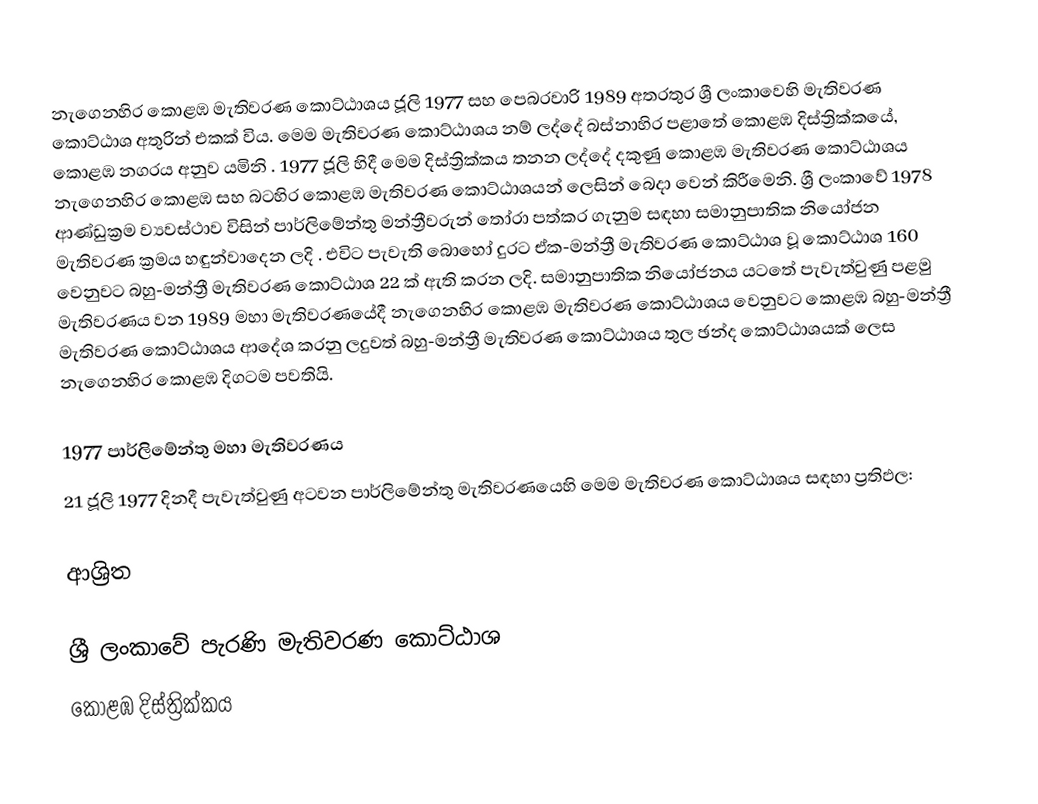
නැගෙනහිර කොළඹ මැතිවරණ කොට්ඨාශය  ජූලි  1977 සහ පෙබරවාරි 1989 අතරතුර  ශ්‍රී ලංකාවෙහි  මැතිවරණ කොට්ඨාශ අතුරින් එකක් විය. මෙම මැතිවරණ කොට්ඨාශය නම් ලද්දේ  බස්නාහිර පළාතේ  කොළඹ දිස්ත්‍රික්කයේ,  කොළඹ නගරය අනුව යමිනි . 1977 ජූලි හිදී මෙම දිස්ත්‍රික්කය තනන ලද්දේ දකුණු කොළඹ මැතිවරණ කොට්ඨාශය නැගෙනහිර කොළඹ සහ බටහිර කොළඹ මැතිවරණ කොට්ඨාශයන් ලෙසින් බෙදා වෙන් කිරීමෙනි. ශ්‍රී ලංකාවේ 1978 ආණ්ඩුක්‍රම ව්‍යවස්ථාව විසින්   පාර්ලිමේන්තු මන්ත්‍රීවරුන් තෝරා පත්කර ගැනුම සඳහා සමානුපාතික නියෝජන මැතිවරණ ක්‍රමය හඳුන්වාදෙන ලදි . එවිට පැවැති බොහෝ දුරට  ඒක-මන්ත්‍රී මැතිවරණ කොට්ඨාශ වූ කොට්ඨාශ 160 වෙනුවට බහු-මන්ත්‍රී මැතිවරණ කොට්ඨාශ 22 ක් ඇති කරන ලදි. සමානුපාතික නියෝජනය යටතේ පැවැත්වුණු  පළමු මැතිවරණය වන 1989 මහා මැතිවරණයේදී  නැගෙනහිර කොළඹ මැතිවරණ කොට්ඨාශය වෙනුවට  කොළඹ බහු-මන්ත්‍රී මැතිවරණ කොට්ඨාශය  ආදේශ කරනු ලදුවත් බහු-මන්ත්‍රී මැතිවරණ කොට්ඨාශය තුල ඡන්ද කොට්ඨාශයක් ලෙස නැගෙනහිර කොළඹ දිගටම පවතියි.

1977 පාර්ලිමේන්තු මහා මැතිවරණය
21 ජූලි 1977 දිනදී පැවැත්වුණු   අටවන පාර්ලිමේන්තු මැතිවරණයෙහි මෙම මැතිවරණ කොට්ඨාශය සඳහා ප්‍රතිඵල:

ආශ්‍රිත

ශ්‍රී ලංකාවේ පැරණි මැතිවරණ කොට්ඨාශ
 කොළඹ දිස්ත්‍රික්කය